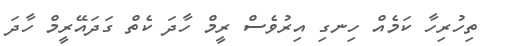
ތިހުރިހާ ކަމެއް ހިނގި އިރުވެސް ރީމް ހާދަ ކެތް ގަދައޭރީމް ހާދަ